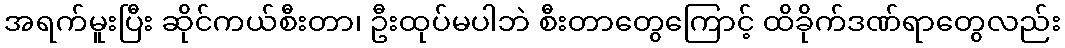
အရက်မူးပြီး ဆိုင်ကယ်စီးတာ၊ ဦးထုပ်မပါဘဲ စီးတာတွေကြောင့် ထိခိုက်ဒဏ်ရာတွေလည်း